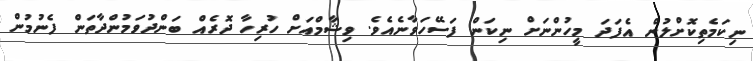
ނިކަމެތިކޮށްލުން އެފަދަ މީހުންނަށް ނިކަން ފަސޭހަވާނެއެވެ. ވިޝާމްއަށް ހުރިހާ ދޮރެއް ބަންދުވަމުންދާތަން ފެނުމުން